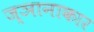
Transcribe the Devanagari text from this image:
ज्ञानाकार